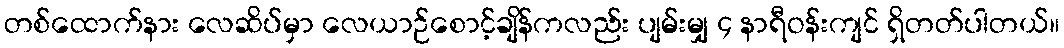
တစ်ထောက်နား လေဆိပ်မှာ လေယာဉ်စောင့်ချိန်ကလည်း ပျမ်းမျှ ၄ နာရီဝန်းကျင် ရှိတတ်ပါတယ်။